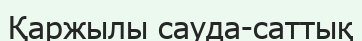
Қаржылы сауда-саттық